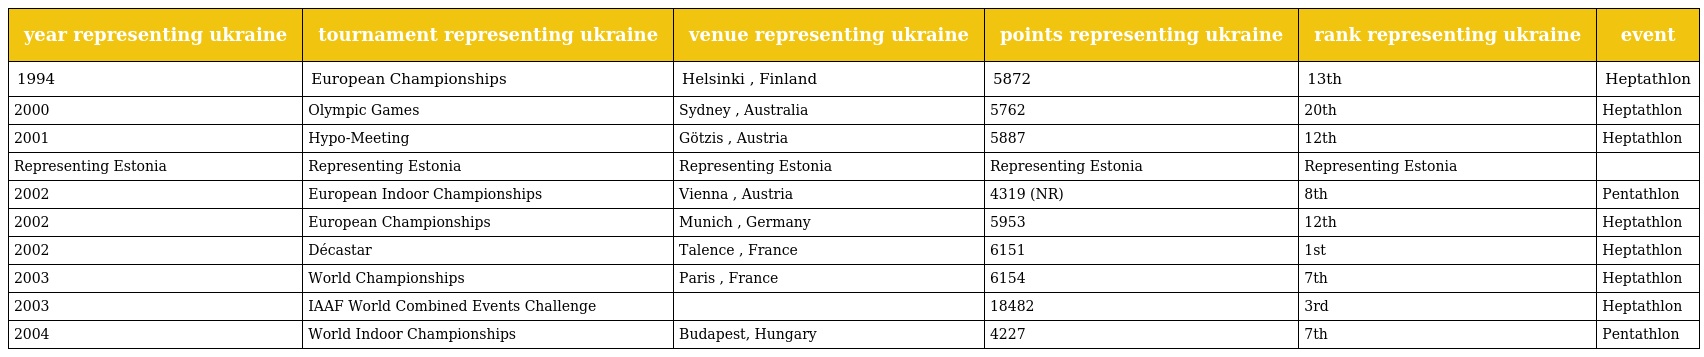
| year representing ukraine | tournament representing ukraine | venue representing ukraine | points representing ukraine | rank representing ukraine | event |
 | --- | --- | --- | --- | --- | --- |
 | 1994 | European Championships | Helsinki , Finland | 5872 | 13th | Heptathlon |
 | 2000 | Olympic Games | Sydney , Australia | 5762 | 20th | Heptathlon |
 | 2001 | Hypo-Meeting | Götzis , Austria | 5887 | 12th | Heptathlon |
 | Representing Estonia | Representing Estonia | Representing Estonia | Representing Estonia | Representing Estonia |  |
 | 2002 | European Indoor Championships | Vienna , Austria | 4319 (NR) | 8th | Pentathlon |
 | 2002 | European Championships | Munich , Germany | 5953 | 12th | Heptathlon |
 | 2002 | Décastar | Talence , France | 6151 | 1st | Heptathlon |
 | 2003 | World Championships | Paris , France | 6154 | 7th | Heptathlon |
 | 2003 | IAAF World Combined Events Challenge |  | 18482 | 3rd | Heptathlon |
 | 2004 | World Indoor Championships | Budapest, Hungary | 4227 | 7th | Pentathlon |